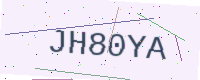
Text: JH80YA